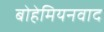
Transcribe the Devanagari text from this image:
बोहेमियनवाद